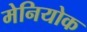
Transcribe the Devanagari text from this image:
मेनियोक